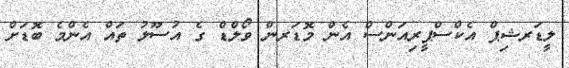
ލީޑަރޝިޕް އެކްސްޕީރިއަންސް އެން މޮޑަރން ވޯލްޑް ގެ އުސޫލު ތައް އެންމެ ބޮޑަށް